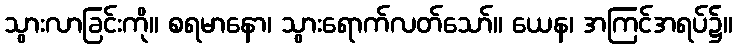
သွားလာခြင်းကို။ စရမာနော၊ သွားရောက်လတ်သော်။ ယေန၊ အကြင်အရပ်၌။